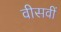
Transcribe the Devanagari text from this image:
वीसवीं